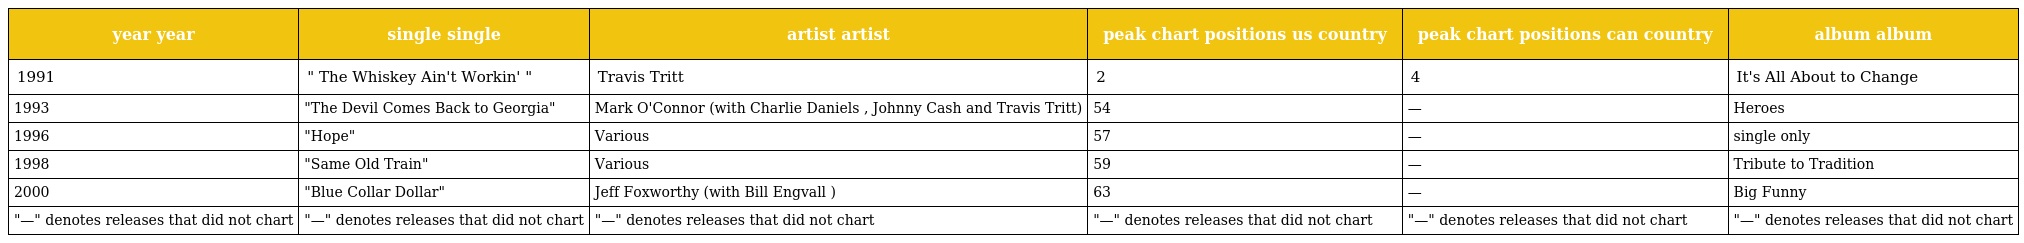
| year year | single single | artist artist | peak chart positions us country | peak chart positions can country | album album |
 | --- | --- | --- | --- | --- | --- |
 | 1991 | " The Whiskey Ain't Workin' " | Travis Tritt | 2 | 4 | It's All About to Change |
 | 1993 | "The Devil Comes Back to Georgia" | Mark O'Connor (with Charlie Daniels , Johnny Cash and Travis Tritt) | 54 | — | Heroes |
 | 1996 | "Hope" | Various | 57 | — | single only |
 | 1998 | "Same Old Train" | Various | 59 | — | Tribute to Tradition |
 | 2000 | "Blue Collar Dollar" | Jeff Foxworthy (with Bill Engvall ) | 63 | — | Big Funny |
 | "—" denotes releases that did not chart | "—" denotes releases that did not chart | "—" denotes releases that did not chart | "—" denotes releases that did not chart | "—" denotes releases that did not chart | "—" denotes releases that did not chart |